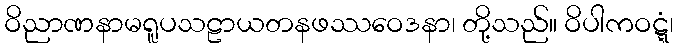
ဝိညာဏနာမရူပသဠာယတနဖဿဝေဒနာ၊ တို့သည်။ ဝိပါကဝဋ္ဋံ၊